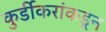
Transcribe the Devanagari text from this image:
कुर्डीकरांकडून